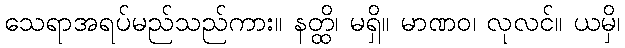
သေရာအရပ်မည်သည်ကား။ နတ္ထိ၊ မရှိ။ မာဏဝ၊ လုလင်။ ယမှိ၊